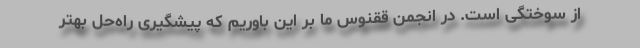
از سوختگی است. در انجمن ققنوس ما بر این باوریم که پیشگیری راه‌حل بهتر